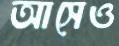
আসেও